Medical and sanitary report of the native army of Bengal for the year
Year: 1878
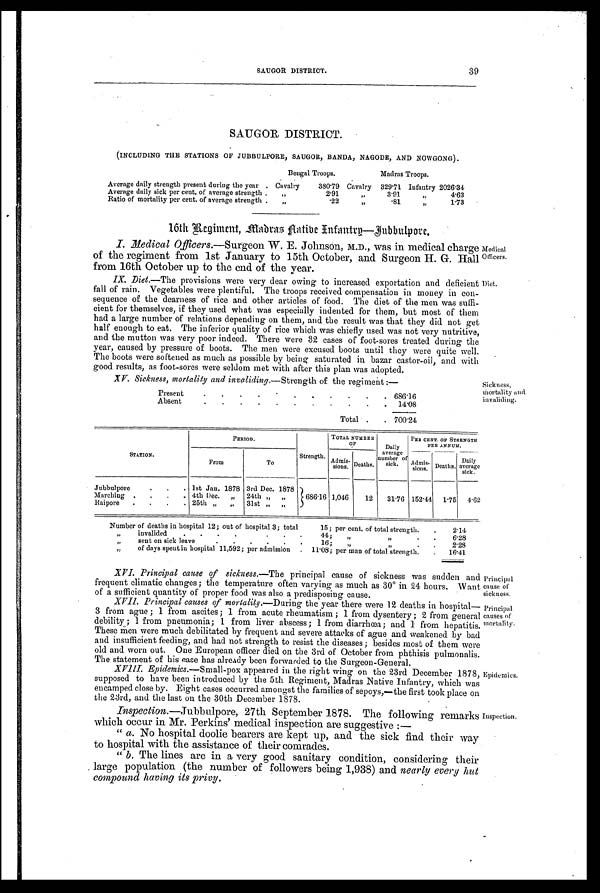
SAUGOR DISTRICT.
39
SAUGOR DISTRICT.
(INCLUDING THE STATIONS OF JUBBULPORE, SAUGOR, BANDA, NAGODE, AND NOWGONG).
Bengal Troops.
Madras Troops.
Average daily strength present during the year . Cavalry
380.79 Cavalry 329.71 Infantry 2026.34
Average daily sick per cent, of average strength . „
2.91
,,
3.91
,,
4.63
Ratio of mortality per cent. of average strength . „
.22
,,
.81
,,
1.73
16th Regiment, Madras Native Infantry—Jubbulpore.
I. Medical Officers. —Surgeon W. E. Johnson, M.D., was in medical charge
of the regiment from 1st January to 15th October, and Surgeon H. G. Hall
from 16th October up to the end of the year.
IX. Diet.—The provisions were very dear owing to increased exportation and deficient
fall of rain. Vegetables were plentiful. The troops received compensation in money in con
-sequence of the dearness of rice and other articles of food. The diet of the men was suffi
-cient for themselves, if they used what was especially indented for them, but most of them
had a large number of relations depending on them, and the result was that they did not get
half enough to eat. The inferior quality of rice which was chiefly used was not very nutritive,
and the mutton was very poor indeed. There were 32 cases of foot-sores treated during the
year, caused by pressure of boots. The men were excused boots until they were quite well.
The boots were softened as much as possible by being saturated in bazar castor-oil, and with
good results, as foot-sores were seldom met with after this plan was adopted.
XV. Sickness, mortality and invaliding. —Strength of the regiment :—
Present
.
.
.
. .
. .
. .
.
. 686.16
Absent
.
.
. .
.
.
. .
.
. . 1 4 . 0 8
Total . . 700.24
Medical
Officers.
Diet.
Sickness,
mortality and
invaliding.
STATION.
P E R I O D
Strength.
TOTAL NUMBER
OF
Daily
average
number of
sick.
PER CENT. OF STRENGTH
PER ANNUM.
From
To
Admis-
sions. Deaths.
Admi
s-sions. Deaths.
Daily
average
sick.
Jubbulpore
. . . 1st Jan. 1878 3rd Dec. 1878
Marching . . . . 4th Dec. „ 24th „ „
686.16 1,046
12 31.76 152.44 1.75 4.62
Raipore . . .
. 25th „ „ 31st „ „
Number of deaths in hospital 12 ; out of hospital 3 ; total
15 ; per cent. of total strength. . .
2.14
„
invalided
. . . . . .
.
44 ; „
„
. .
6 . 2 8
„
sent on sick leave
. . . . . .
16 ; „
„
. .
2 . 2 8
„
of days spent in hospital 11,592 ; per admission . 11.08 ; per man of total strength. . . 1 6 . 4 1
XVI. Principal cause of sickness. —The principal cause of' sickness was sudden and
frequent climatic changes ; the temperature often varying as much as 30° in 24 hours. Want
of a sufficient quantity of proper food was also a predisposing cause.
XVII. Principal causes of mortality.—During the year there were 12 deaths in hospital
— 3 f r o m a g u e ; 1 f r o m a s c i t e s ; 1 f r o m a c u t e r h e u m a t i s m ; 1 f r o m d y s e n t e r y ; 2 f r o m g e n e r a l
debility ; 1 from pneumonia; 1 from liver abscess; 1 from diarrhœa ; and 1 from hepatitis.
These men were much debilitated by frequent and severe attacks of ague and weakened by bad
and insufficient feeding, and bad not strength to resist the diseases; besides most of them were
old and worn out. One European officer died on the 3rd of October from phthisis pulmonalis.
The statement of his ease has already been forwarded to the Surgeon-General.
XVIII. Epidemics.—Small-pox appeared in the right wing on the 23rd December 1878,
supposed to have been introduced by the 5th Regiment, Madras Native Infantry, which was
encamped close by. Eight cases occurred amongst the families of sepoys,—the first took place on
the 23rd, and the last on the 30th December 1878.
Inspection.—Jubbulpore, 27th September 1878. The following remarks
which occur in Mr. Perkins' medical inspection are suggestive :—
"
a. No hospital doolie bearers are kept up, and the sick find their way
to hospital with the assistance of their comrades.
" b. The lines are in a very good sanitary condition, considering their
large population (the number of followers being 1,938) and nearly every hut
compound having its privy.
Principal
cause of
sickness.
Principal
causes of
mortality.
Epidemics.
Inspection.